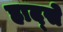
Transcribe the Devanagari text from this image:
हाद्से